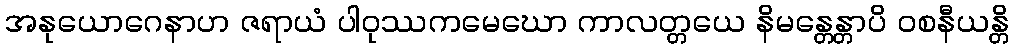
အနုယောဂေနာဟ ဇရာယံ ပါဝုဿကမေဃော ကာလတ္တယေ နိမန္တေန္တာပိ ဝစနီယန္တိ